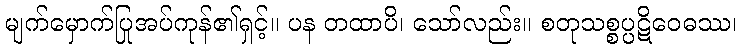
မျက်မှောက်ပြုအပ်ကုန်၏ရှင့်။ ပန တထာပိ၊ သော်လည်း။ စတုသစ္စပ္ပဋိဝေဓဿ၊